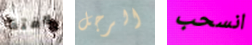
لافتة الرجل انسحب